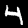
Label: 4